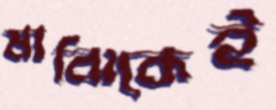
মাঝিকেই